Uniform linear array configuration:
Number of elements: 32
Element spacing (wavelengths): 0.5
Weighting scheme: exponential
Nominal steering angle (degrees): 30
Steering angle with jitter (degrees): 29.657
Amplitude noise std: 0.05
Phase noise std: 0.05

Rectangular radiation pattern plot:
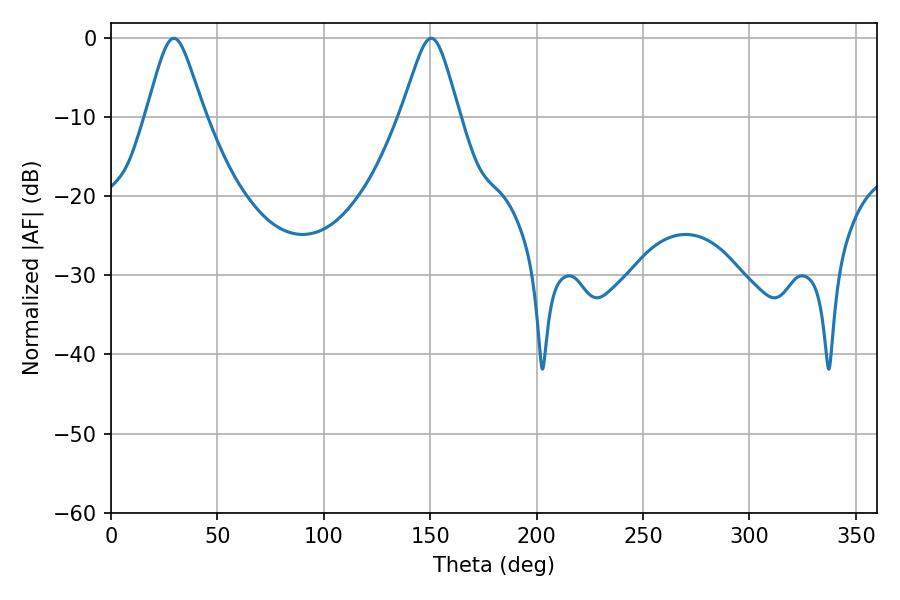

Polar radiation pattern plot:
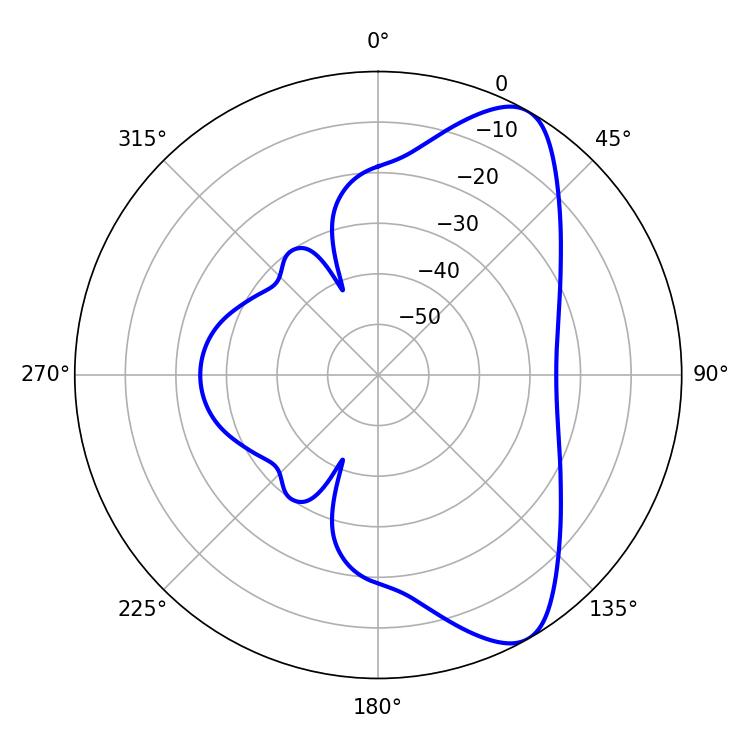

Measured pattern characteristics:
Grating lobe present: FALSE
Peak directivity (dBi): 8.548
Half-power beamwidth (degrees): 13.14
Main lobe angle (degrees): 29.52